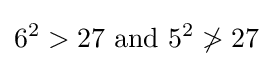
6^{2}>27{\text{ and }}5^{2}\ngtr 27